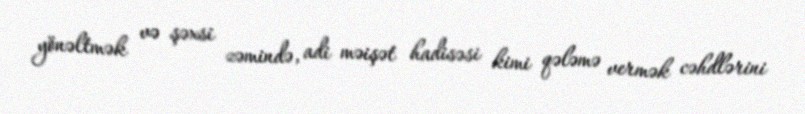
yönəltmək və şəxsi zəmində, adi məişət hadisəsi kimi qələmə vermək cəhdlərini